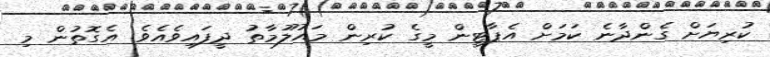
ކުރިޔަށް ގެންދާނެ ކަމަށް އެޕާޓީން މީގެ ކުރިން މައުލޫމާތު ދީފައިވެއެވެ. އެގޮތުން މި